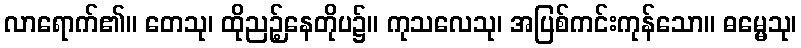
လာရောက်၏။ တေသု၊ ထိုညဉ့်နေတိုပ၌။ ကုသလေသု၊ အပြစ်ကင်းကုန်သော။ ဓမ္မေသု၊